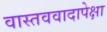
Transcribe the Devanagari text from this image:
वास्तववादापेक्षा